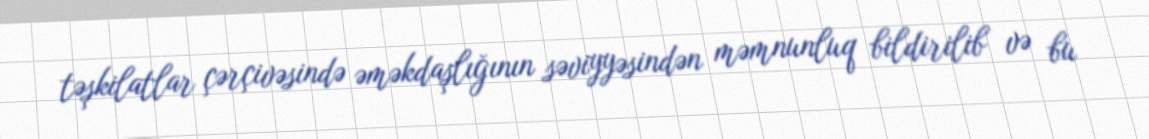
təşkilatlar çərçivəsində əməkdaşlığının səviyyəsindən məmnunluq bildirilib və bu